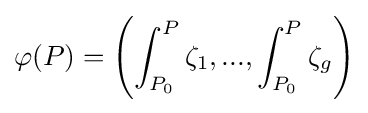
\varphi (P)=\left(\int _{P_{0}}^{P}\zeta _{1},...,\int _{P_{0}}^{P}\zeta _{g}\right)